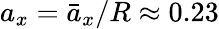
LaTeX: a_{x}=\bar{a}_{x}/R\approx 0.23